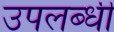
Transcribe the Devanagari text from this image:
उपलब्‍धी